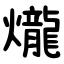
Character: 爖